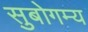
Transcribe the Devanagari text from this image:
सुबोगम्य